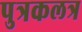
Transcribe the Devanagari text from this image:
पुत्रकलत्र